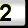
Digit: 2